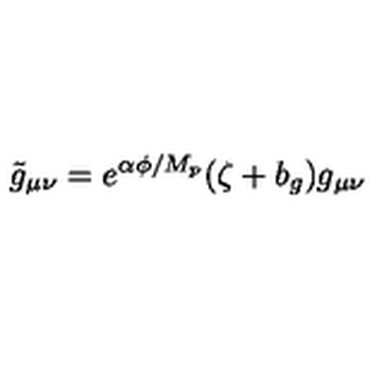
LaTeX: \tilde { g } _ { \mu \nu } = e ^ { \alpha \phi / M _ { p } } ( \zeta + b _ { g } ) g _ { \mu \nu }